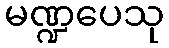
မဏ္ဍပေသု